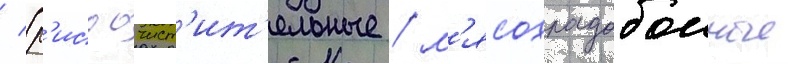
/ (р'исоочист'ит'ельные / м'ясохладобоиные